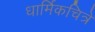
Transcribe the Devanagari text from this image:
धार्मिकचित्रे